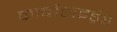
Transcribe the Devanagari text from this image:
कार्बोहाइड्रेड